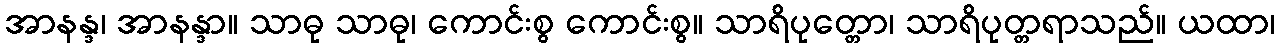
အာနန္ဒ၊ အာနန္ဒာ။ သာဓု သာဓု၊ ကောင်းစွ ကောင်းစွ။ သာရိပုတ္တော၊ သာရိပုတ္တရာသည်။ ယထာ၊